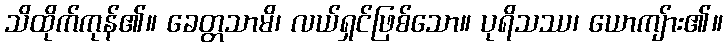
သိထိုက်ကုန်၏။ ခေတ္တသာမိ၊ လယ်ရှင်ဖြစ်သော။ ပုရိသဿ၊ ယောကျ်ား၏။